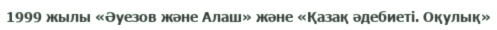
1999 жылы «Әуезов және Алаш» және «Қазақ әдебиеті. Оқулық»